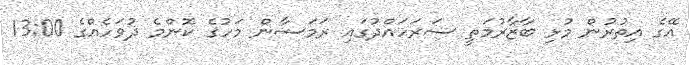
އޭގެ އިތުރުން މުޅި ބާޒާރުމަތީ ސަރަހައްދުގައި ރަމަޟާން މަހުގެ ކޮންމެ ދުވަހެއްގެ 13:00